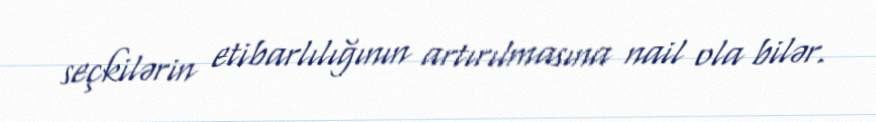
seçkilərin etibarlılığının artırılmasına nail ola bilər.